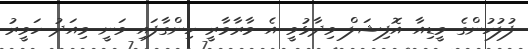
ފުލުހުންގެ މީޑިއާ އޮފިޝަލް ވިދާޅުވީ އެ މާރާމާރީ ހިންގާފައި ވަނީ މިއަދު ހަވީރު